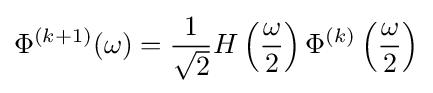
\Phi ^{(k+1)}(\omega )={\frac {1}{\sqrt {2}}}H\left({\frac {\omega }{2}}\right)\Phi ^{(k)}\left({\frac {\omega }{2}}\right)